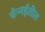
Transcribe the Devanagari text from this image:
चेन्‍नईतील